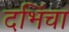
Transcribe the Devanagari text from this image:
दभिंचा